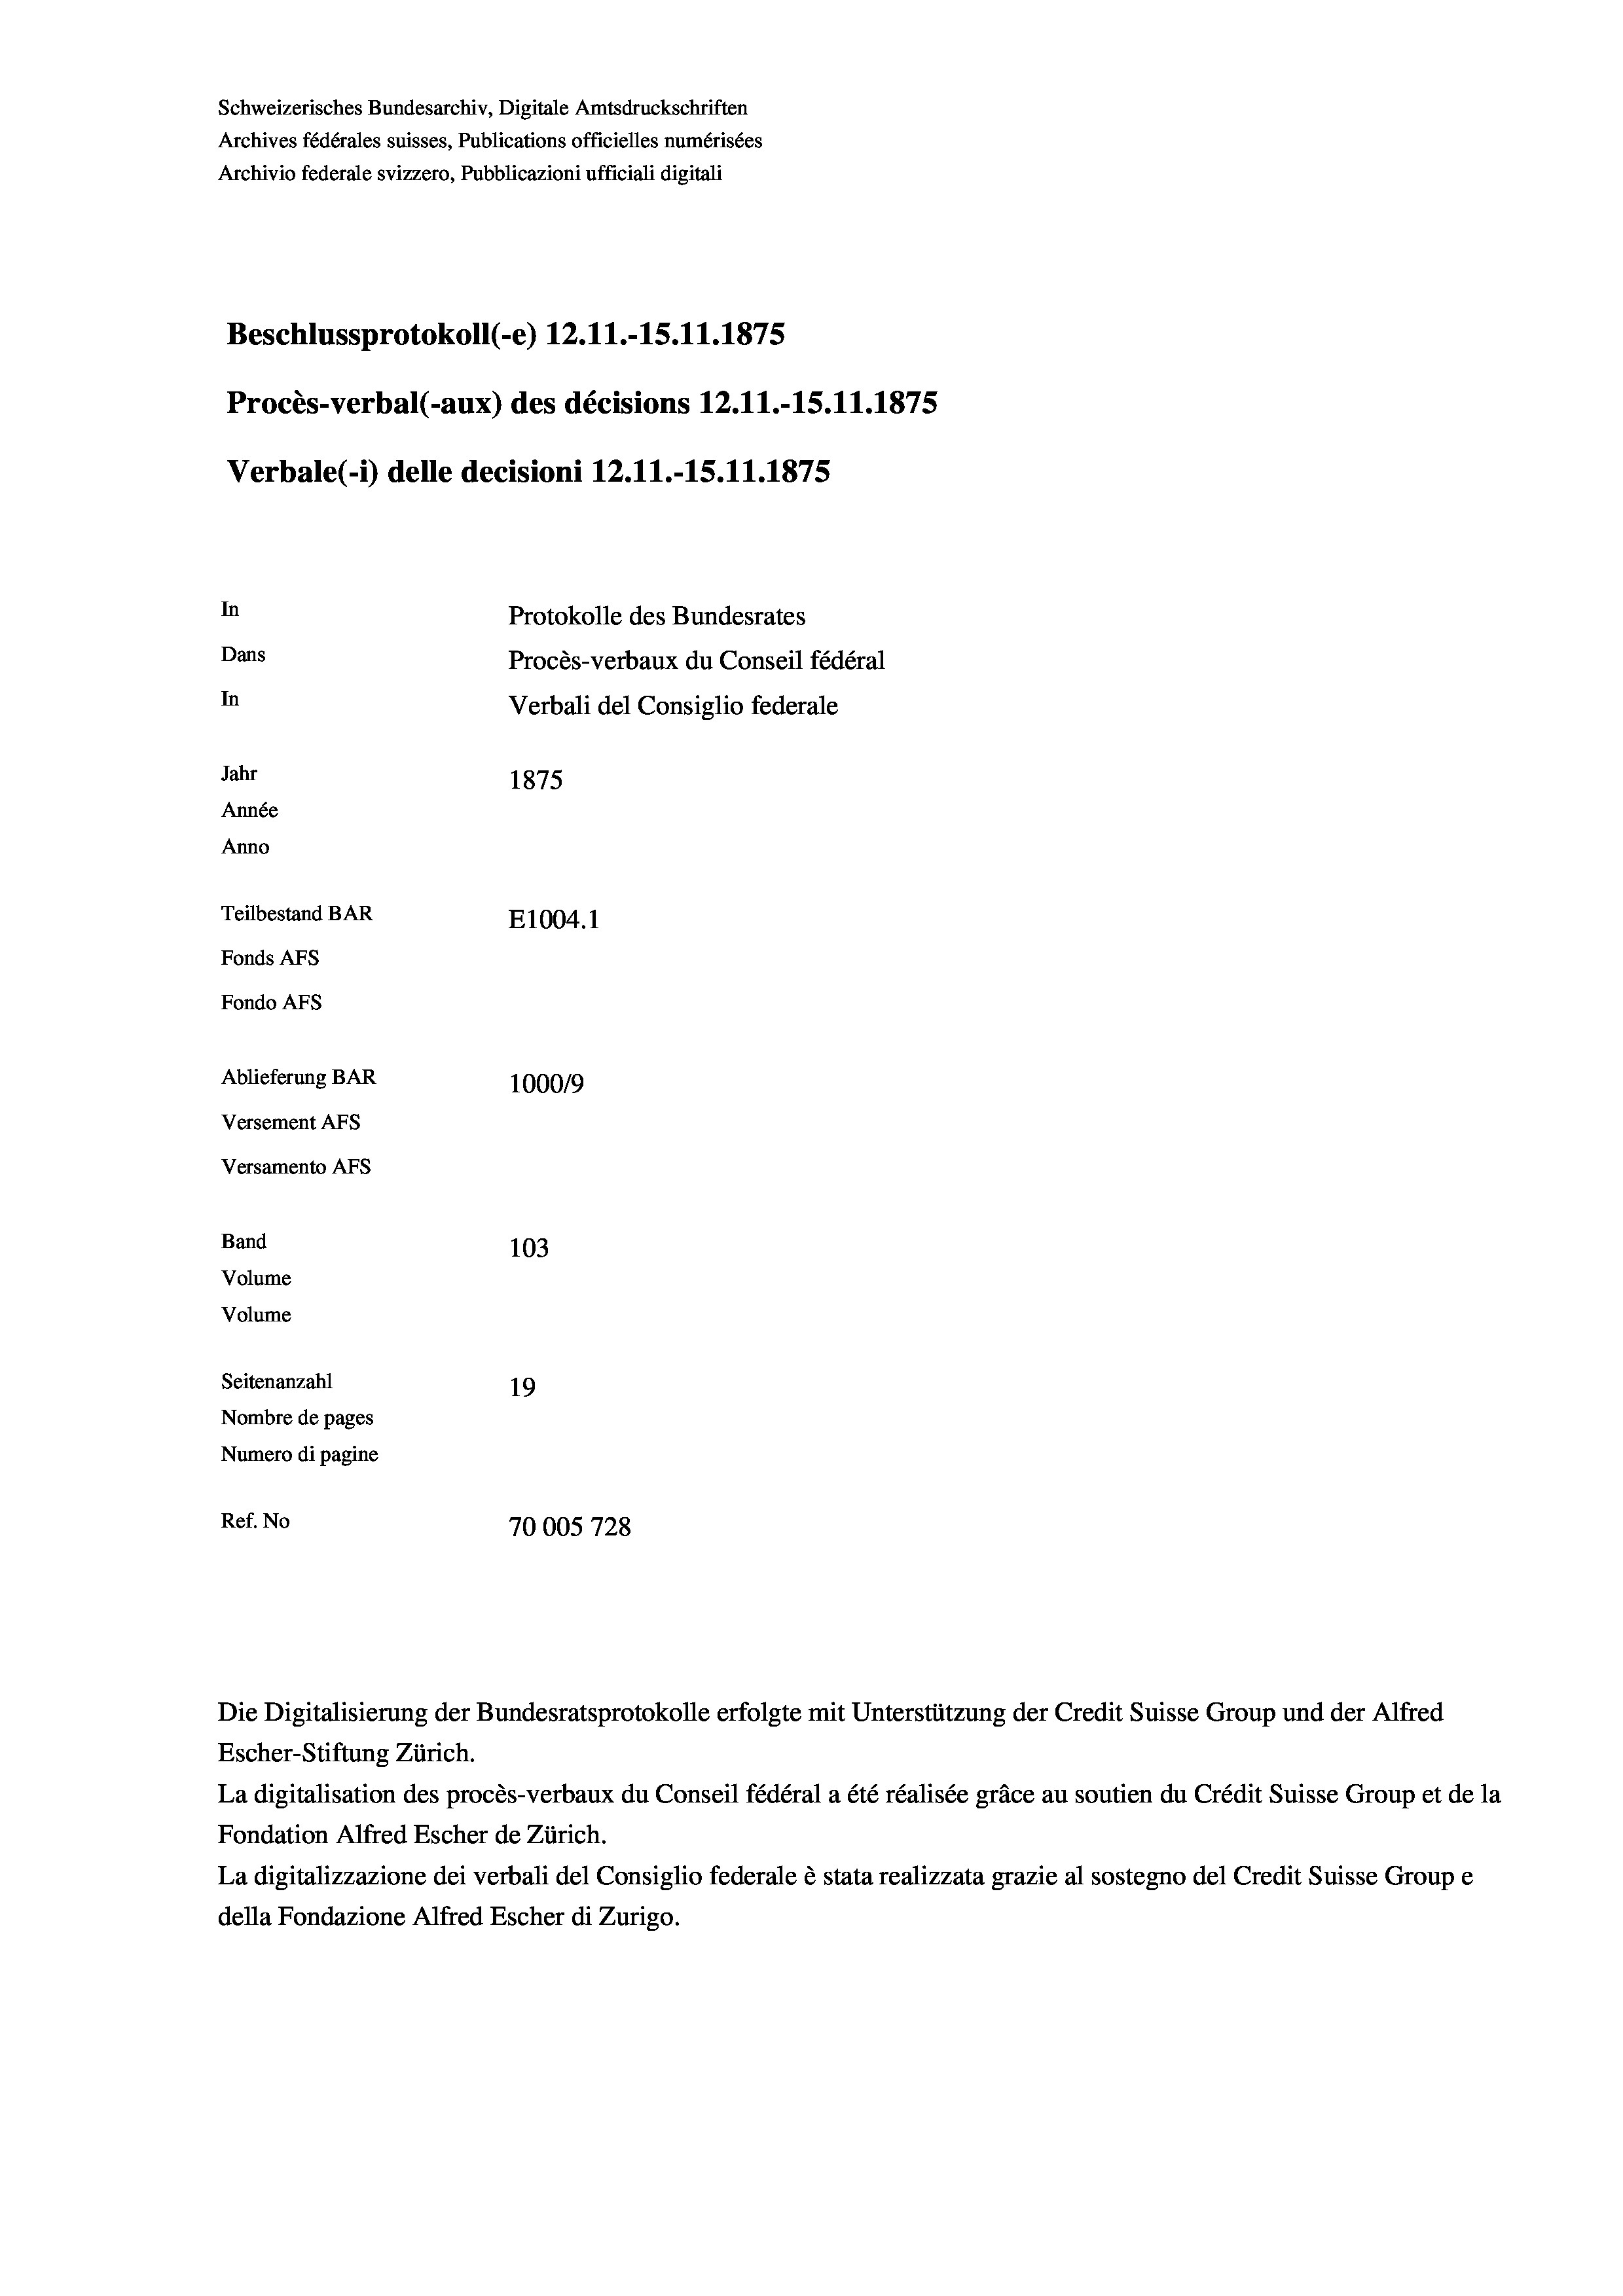
Schweizerisches Bundesarchiv, Digitale Amtsdruckschriften
Archives fédérales suisses, Publications officielles numérisées
Archivio federale svizzero, Pubblicazioni ufficiali digitali
Beschlussprotokoll (-e) 12.11.-15.11.1875
Procès-verbal (-aux) des décisions 12.11.-15.11.1875
Verbale (- 1) delle decisioni 12.11.-15.11.1875
In
Protokolle des Bundesrates
Dans
Procès-verbaux du Conseil fédéral
In
Verbali del Consiglio federale
Jahr
1875
Année
Anno
Teilbestand BAR
E1004. 1
Fonds AFs
Fondo AFS
Ablieferung BAR
100019
Versement AFs
Versamento Afs
Band
103
Volume
Volume
Seitenanzahl
19
Nombre de pages
Numero di pagine
Ref. No
70005728

Escher-Stiftung Zürich.
La digitalisation des procès-verbaux du Conseil fédéral a été réalisée gräce au soutien du Crédit Suisse Group et de la
Fondation Alfred Escher de Zürich.
La digitalizzazione dei verbali del Consiglio federale è stata realizzata grazie al sostegno del Credit Suisse Groupe
della Fondazione Alfred Escher di Zurigo.

Die Digitalisierung der Bundesratsprotokolle erfolgte mit Unterstützung der Credit Suisse Group und der Alfred